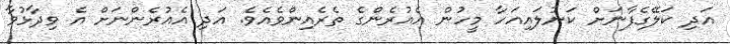
އަދި ކަލޭގެފާނަށް ކަނުލައިއަހާ މީހުން އެއުރެންގެ ތެރެއިންވެއެވެ. އަދި އެއުރެންނަށް އެ ވިދާޅުވާ